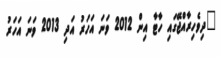
"ދިވެހިރާއްޖޭގައި ހާޓާ އިން 2012 ވަނަ އަހަރު އަދި 2013 ވަނަ އަހަރު